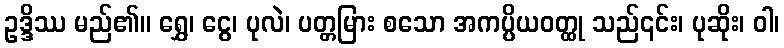
ဥဒ္ဒိဿ မည်၏။ ရွှေ၊ ငွေ၊ ပုလဲ၊ ပတ္တမြား စသော အကပ္ပိယဝတ္ထု သည်၎င်း၊ ပုဆိုး၊ ဝါ၊